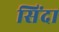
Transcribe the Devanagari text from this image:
सिंदा